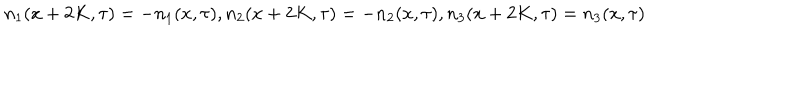
LaTeX: n _ { 1 } ( x + 2 K , \tau ) = - n _ { 1 } ( x , \tau ) , n _ { 2 } ( x + 2 K , \tau ) = - n _ { 2 } ( x , \tau ) , n _ { 3 } ( x + 2 K , \tau ) = n _ { 3 } ( x , \tau )